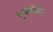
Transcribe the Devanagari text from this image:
चुकवीशीः